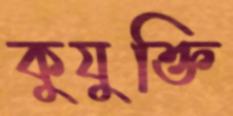
কুযুক্তি